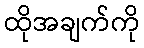
ထိုအချက်ကို